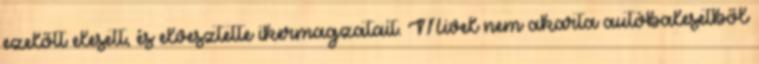
ezelőtt elesett, és elvesztette ikermagzatait. Mivel nem akarta autóbalesetből